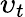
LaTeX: \upsilon_{t}